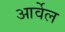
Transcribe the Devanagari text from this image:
आर्वेल